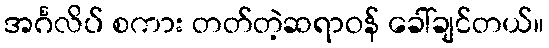
အင်္ဂလိပ် စကား တတ်တဲ့ဆရာဝန် ခေါ်ချင်တယ်။